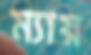
ম্যায়